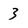
Character: 3